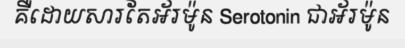
គឺដោយសារតែអ័រម៉ូន Serotonin ជាអ័រម៉ូន